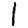
Digit: 1